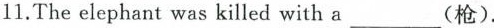
11.The elephant was killed with a ___(枪).